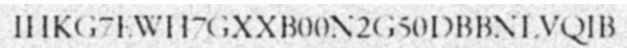
IHKG7EWH7GXXB00N2G50DBBNLVQIB